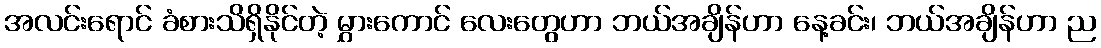
အလင်းရောင် ခံစားသိရှိနိုင်တဲ့ မွှားကောင် လေးတွေဟာ ဘယ်အချိန်ဟာ နေ့ခင်း၊ ဘယ်အချိန်ဟာ ည